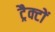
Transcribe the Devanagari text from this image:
ट्रैक्टों